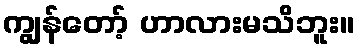
ကျွန်တော့် ဟာလားမသိဘူး။